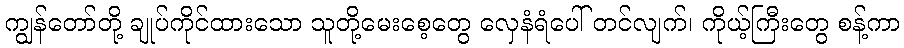
ကျွန်တော်တို့ ချုပ်ကိုင်ထားသော သူတို့မေးစေ့တွေ လှေနံရံပေါ် တင်လျက်၊ ကိုယ့်ကြီးတွေ စန့်ကာ